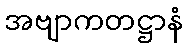
အဗျာကတဋ္ဌာနံ